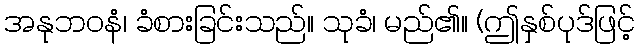
အနုဘဝနံ၊ ခံစားခြင်းသည်။ သုခံ၊ မည်၏။ (ဤနှစ်ပုဒ်ဖြင့်